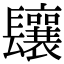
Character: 𨳃